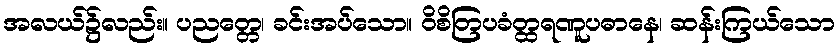
အလယ်၌လည်း။ ပညတ္တေ၊ ခင်းအပ်သော။ ဝိစိတြပခံတ္ထရဏူပဓာနေ၊ ဆန်းကြယ်သော